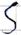
Text: S